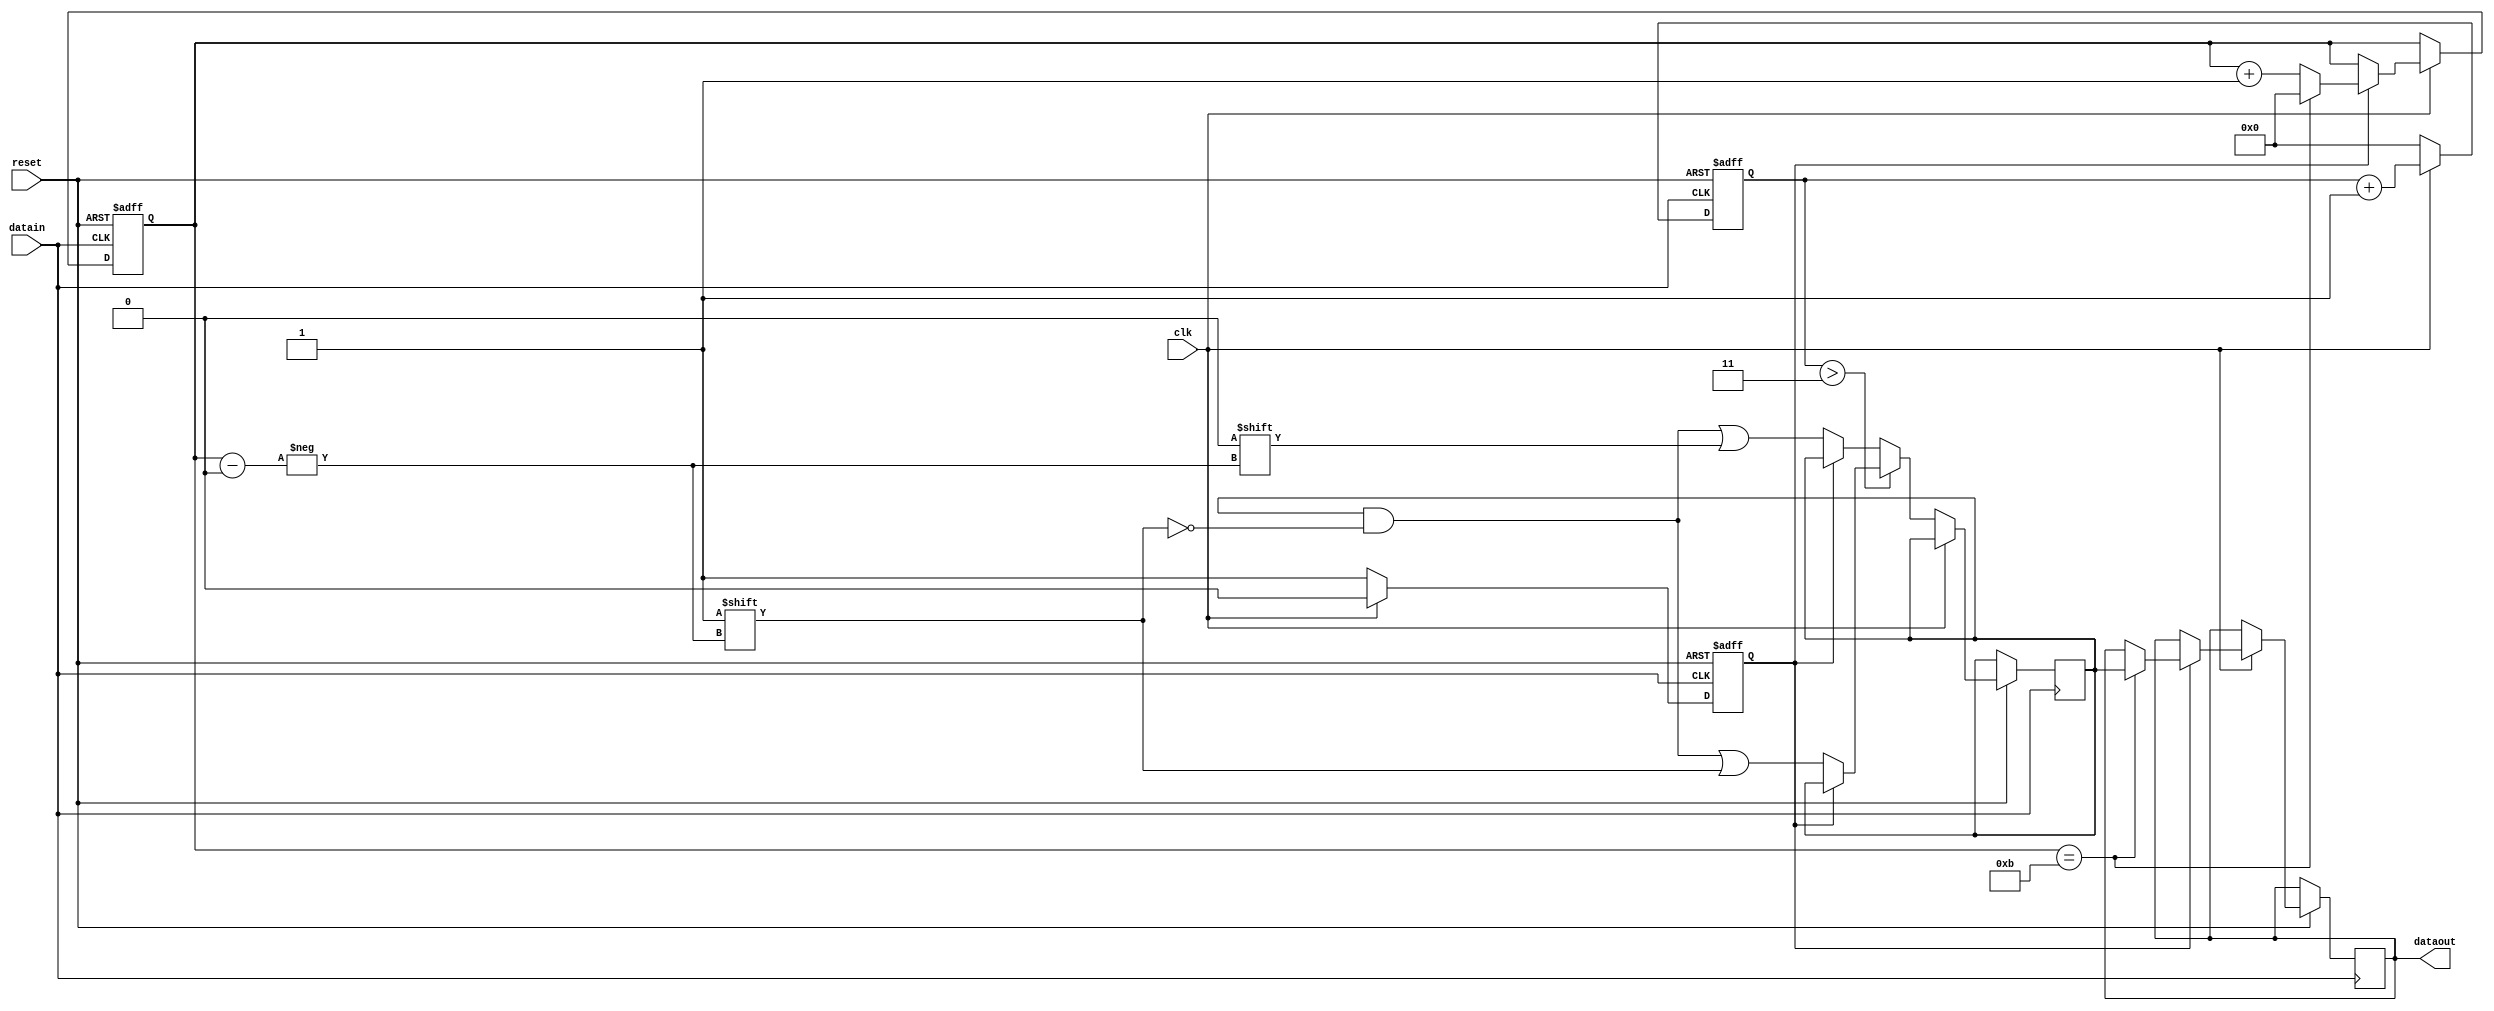
module rFSK(clk, reset, datain, dataout);

input clk, reset, datain;
output reg [11:0] dataout;

reg [11:0] data;
reg [3:0] k, j;
reg flag;

always @(posedge datain or negedge reset) 
begin
    if (~reset) 
    begin
        k <= 0;
        flag <= 0;
        j <= 0;
    end
    else 
    begin
        if (clk==1)
        begin
            if (flag==1)
            begin
                if (k==11)
                begin
                    k <= 0;
                    dataout <= data;    
                end
                else
                    k <= k+1;
            end
            j <= j+1;
            flag <= 0;
        end
        else 
        begin
            if (j>3)
            begin
                if (flag==0)
                begin
                    data[k] <= 1;
                    flag <= 1;
                end
            end
            else
            begin
                if (flag==0)
                begin
                    data[k] <= 0;
                    flag <= 1;
                end
            end
            j <= 0;
        end
    end
end

endmodule